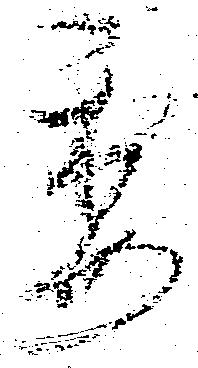
委